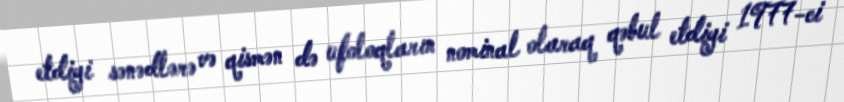
etdiyi sənədlərə və qismən də ufoloqların nominal olaraq qəbul etdiyi 1977-ci